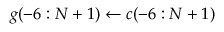
g ( - 6 : N + 1 ) \gets c ( - 6 : N + 1 )